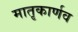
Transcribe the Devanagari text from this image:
मातृकार्णव